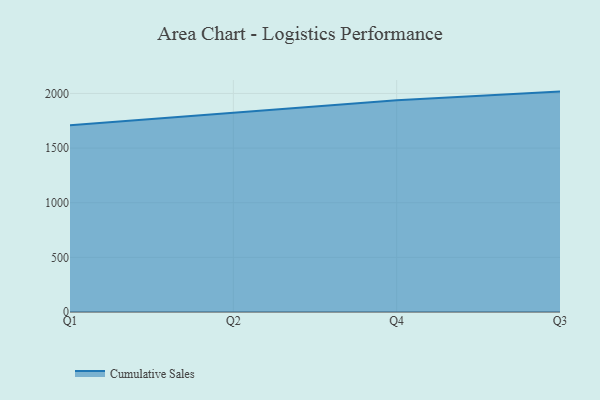
{"axis": {"x": "Quarter", "y": "Backlog"}, "legend": ["Cumulative Sales"], "data": [{"x": "Q1", "y": 1708.0, "type": "Cumulative Sales"}, {"x": "Q2", "y": 1821.3, "type": "Cumulative Sales"}, {"x": "Q4", "y": 1939.0, "type": "Cumulative Sales"}, {"x": "Q3", "y": 2017.1, "type": "Cumulative Sales"}]}